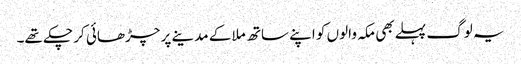
یہ لوگ پہلے بھی مکہ والوں کو اپنے ساتھ ملا کے مدینے پر چڑھائی کر چکے تھے۔